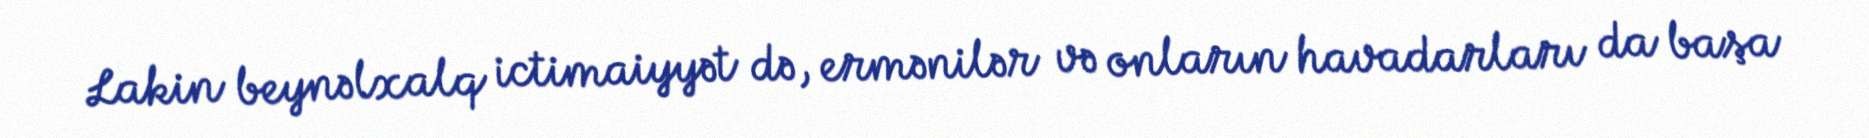
Lakin beynəlxalq ictimaiyyət də, ermənilər və onların havadarları da başa